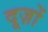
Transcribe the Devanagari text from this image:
दूज़ों